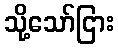
သို့သော်ငြား